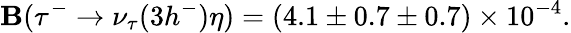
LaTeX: \mathbf{B}(\tau^{-}\rightarrow\nu_{\tau}(3h^{-})\eta)=(4.1\pm0.7\pm0.7)\times10^{-4}.